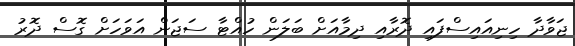
ޖަވާދާ ހިނިއައިސްފައި ދޮރާއި ދިމާއަށް ބަލަން ހުއްޓާ ސަޖަން އަވަހަށް ގޮސް ދޮރު